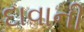
દાવાની